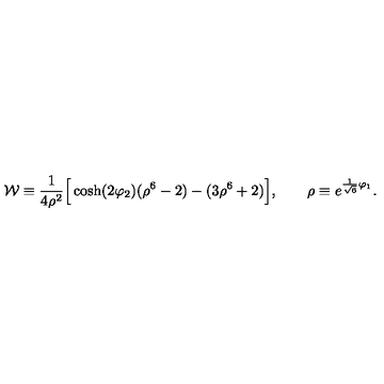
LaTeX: { \cal W } \equiv { \frac { 1 } { 4 \rho ^ { 2 } } } \Big [ \cosh ( 2 \varphi _ { 2 } ) ( \rho ^ { 6 } - 2 ) - ( 3 \rho ^ { 6 } + 2 ) \Big ] , \qquad \rho \equiv e ^ { { \frac { 1 } { \sqrt { 6 } } } \varphi _ { 1 } } .